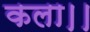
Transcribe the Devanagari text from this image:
कला।।